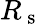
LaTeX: R_{\mathrm{~s~}}